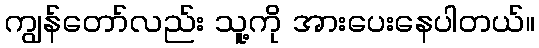
ကျွန်တော်လည်း သူ့ကို အားပေးနေပါတယ်။